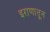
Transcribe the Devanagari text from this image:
इराणातून